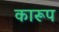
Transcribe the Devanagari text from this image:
कारूप